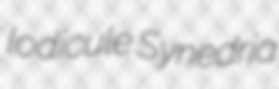
lodicule Synedria